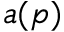
a ( p )